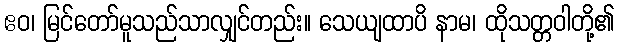
ဧဝ၊ မြင်တော်မူသည်သာလျှင်တည်း။ သေယျထာပိ နာမ၊ ထိုသတ္တဝါတို့၏